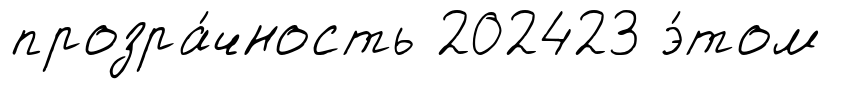
прозра́чность 202423 э́том